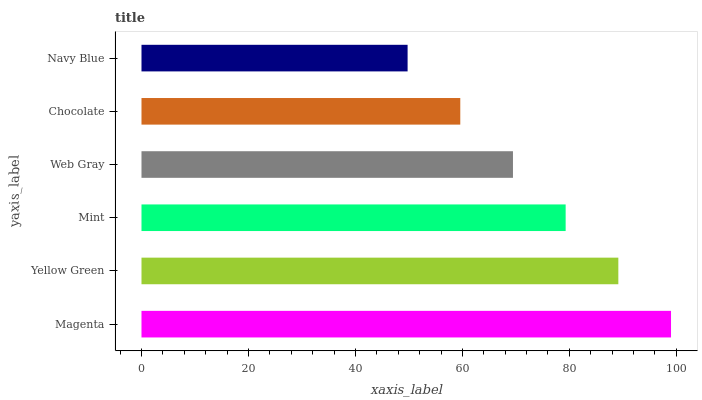
| yaxis_label | bars |
 | --- | --- |
 | Magenta | 99 |
 | Yellow Green | 89.2 |
 | Mint | 79.3 |
 | Web Gray | 69.5 |
 | Chocolate | 59.6 |
 | Navy Blue | 49.8 |